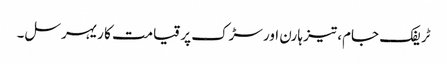
ٹریفک جام، تیز ہارن اور سڑک پر قیامت کا ریہرسل۔